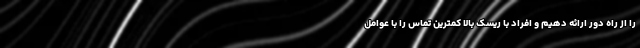
را از راه دور ارائه دهیم و افراد با ‌ریسک بالا کمترین تماس را با عوامل